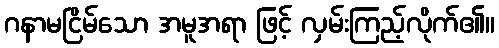
ဂနာမငြိမ်သော အမူအရာ ဖြင့် လှမ်းကြည့်လိုက်၏။